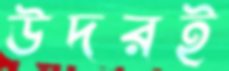
উদরই